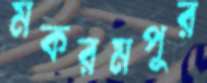
মকরমপুর